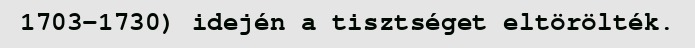
1703–1730) idején a tisztséget eltörölték.